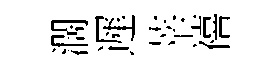
濶遲莘禧